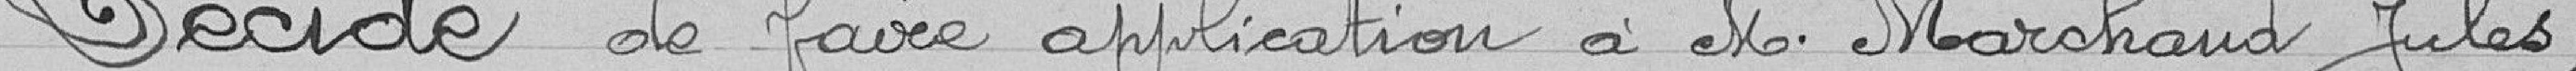
Décide de faire application à Monsieur Marchand Jules,